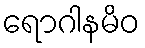
ရောဂါနမိဝ